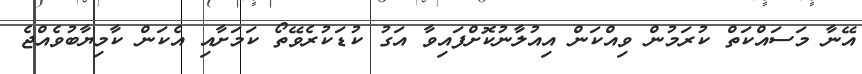
އޭނާ މަސައްކަތް ކުރަމުން ވިއްކަން އިއުލާނުކޮށްފައިވާ އަގު ކުޑަކުރެވޭތޯ ކަމަށާއި އެކަން ކާމިޔާބުވެއްޖެ